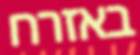
באזרח